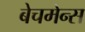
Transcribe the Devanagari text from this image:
बेचमेन्स